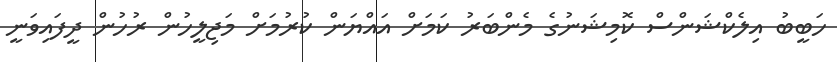
ހަބީބު އިލެކްޝަންސް ކޮމިޝަނުގެ މެންބަރު ކަމަށް އައްޔަން ކުރުމަށް މަޖިލީހުން ރުހުން ދީފައިވަނީ